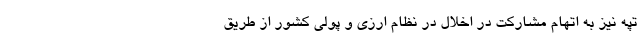
تپه نیز به اتهام مشارکت در اخلال در نظام ارزی و پولی کشور از طریق